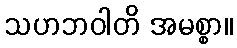
သဟဘဝါတိ အမစ္စာ။